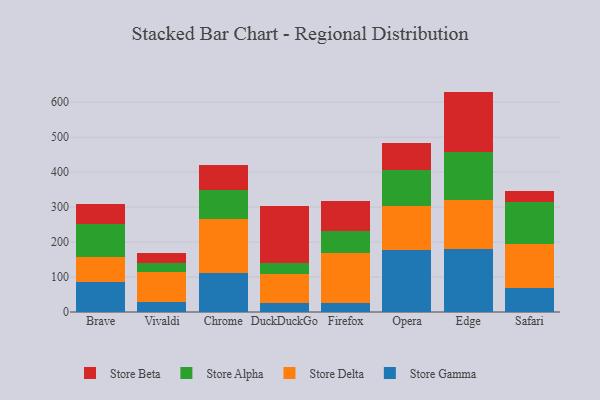
{"axis": {"x": "Browser", "y": "Budget (USD K)"}, "legend": ["Store Alpha", "Store Beta", "Store Delta", "Store Gamma"], "data": [{"x": "Brave", "y": 85.9, "type": "Store Gamma"}, {"x": "Brave", "y": 72.6, "type": "Store Delta"}, {"x": "Brave", "y": 93.4, "type": "Store Alpha"}, {"x": "Brave", "y": 56.1, "type": "Store Beta"}, {"x": "Vivaldi", "y": 29.0, "type": "Store Gamma"}, {"x": "Vivaldi", "y": 84.4, "type": "Store Delta"}, {"x": "Vivaldi", "y": 27.1, "type": "Store Alpha"}, {"x": "Vivaldi", "y": 27.8, "type": "Store Beta"}, {"x": "Chrome", "y": 111.8, "type": "Store Gamma"}, {"x": "Chrome", "y": 152.8, "type": "Store Delta"}, {"x": "Chrome", "y": 82.9, "type": "Store Alpha"}, {"x": "Chrome", "y": 72.0, "type": "Store Beta"}, {"x": "DuckDuckGo", "y": 26.7, "type": "Store Gamma"}, {"x": "DuckDuckGo", "y": 83.4, "type": "Store Delta"}, {"x": "DuckDuckGo", "y": 29.1, "type": "Store Alpha"}, {"x": "DuckDuckGo", "y": 163.9, "type": "Store Beta"}, {"x": "Firefox", "y": 25.6, "type": "Store Gamma"}, {"x": "Firefox", "y": 142.3, "type": "Store Delta"}, {"x": "Firefox", "y": 64.6, "type": "Store Alpha"}, {"x": "Firefox", "y": 84.0, "type": "Store Beta"}, {"x": "Opera", "y": 176.6, "type": "Store Gamma"}, {"x": "Opera", "y": 125.8, "type": "Store Delta"}, {"x": "Opera", "y": 102.4, "type": "Store Alpha"}, {"x": "Opera", "y": 79.9, "type": "Store Beta"}, {"x": "Edge", "y": 179.2, "type": "Store Gamma"}, {"x": "Edge", "y": 141.4, "type": "Store Delta"}, {"x": "Edge", "y": 136.2, "type": "Store Alpha"}, {"x": "Edge", "y": 173.5, "type": "Store Beta"}, {"x": "Safari", "y": 67.6, "type": "Store Gamma"}, {"x": "Safari", "y": 126.9, "type": "Store Delta"}, {"x": "Safari", "y": 119.9, "type": "Store Alpha"}, {"x": "Safari", "y": 32.5, "type": "Store Beta"}]}